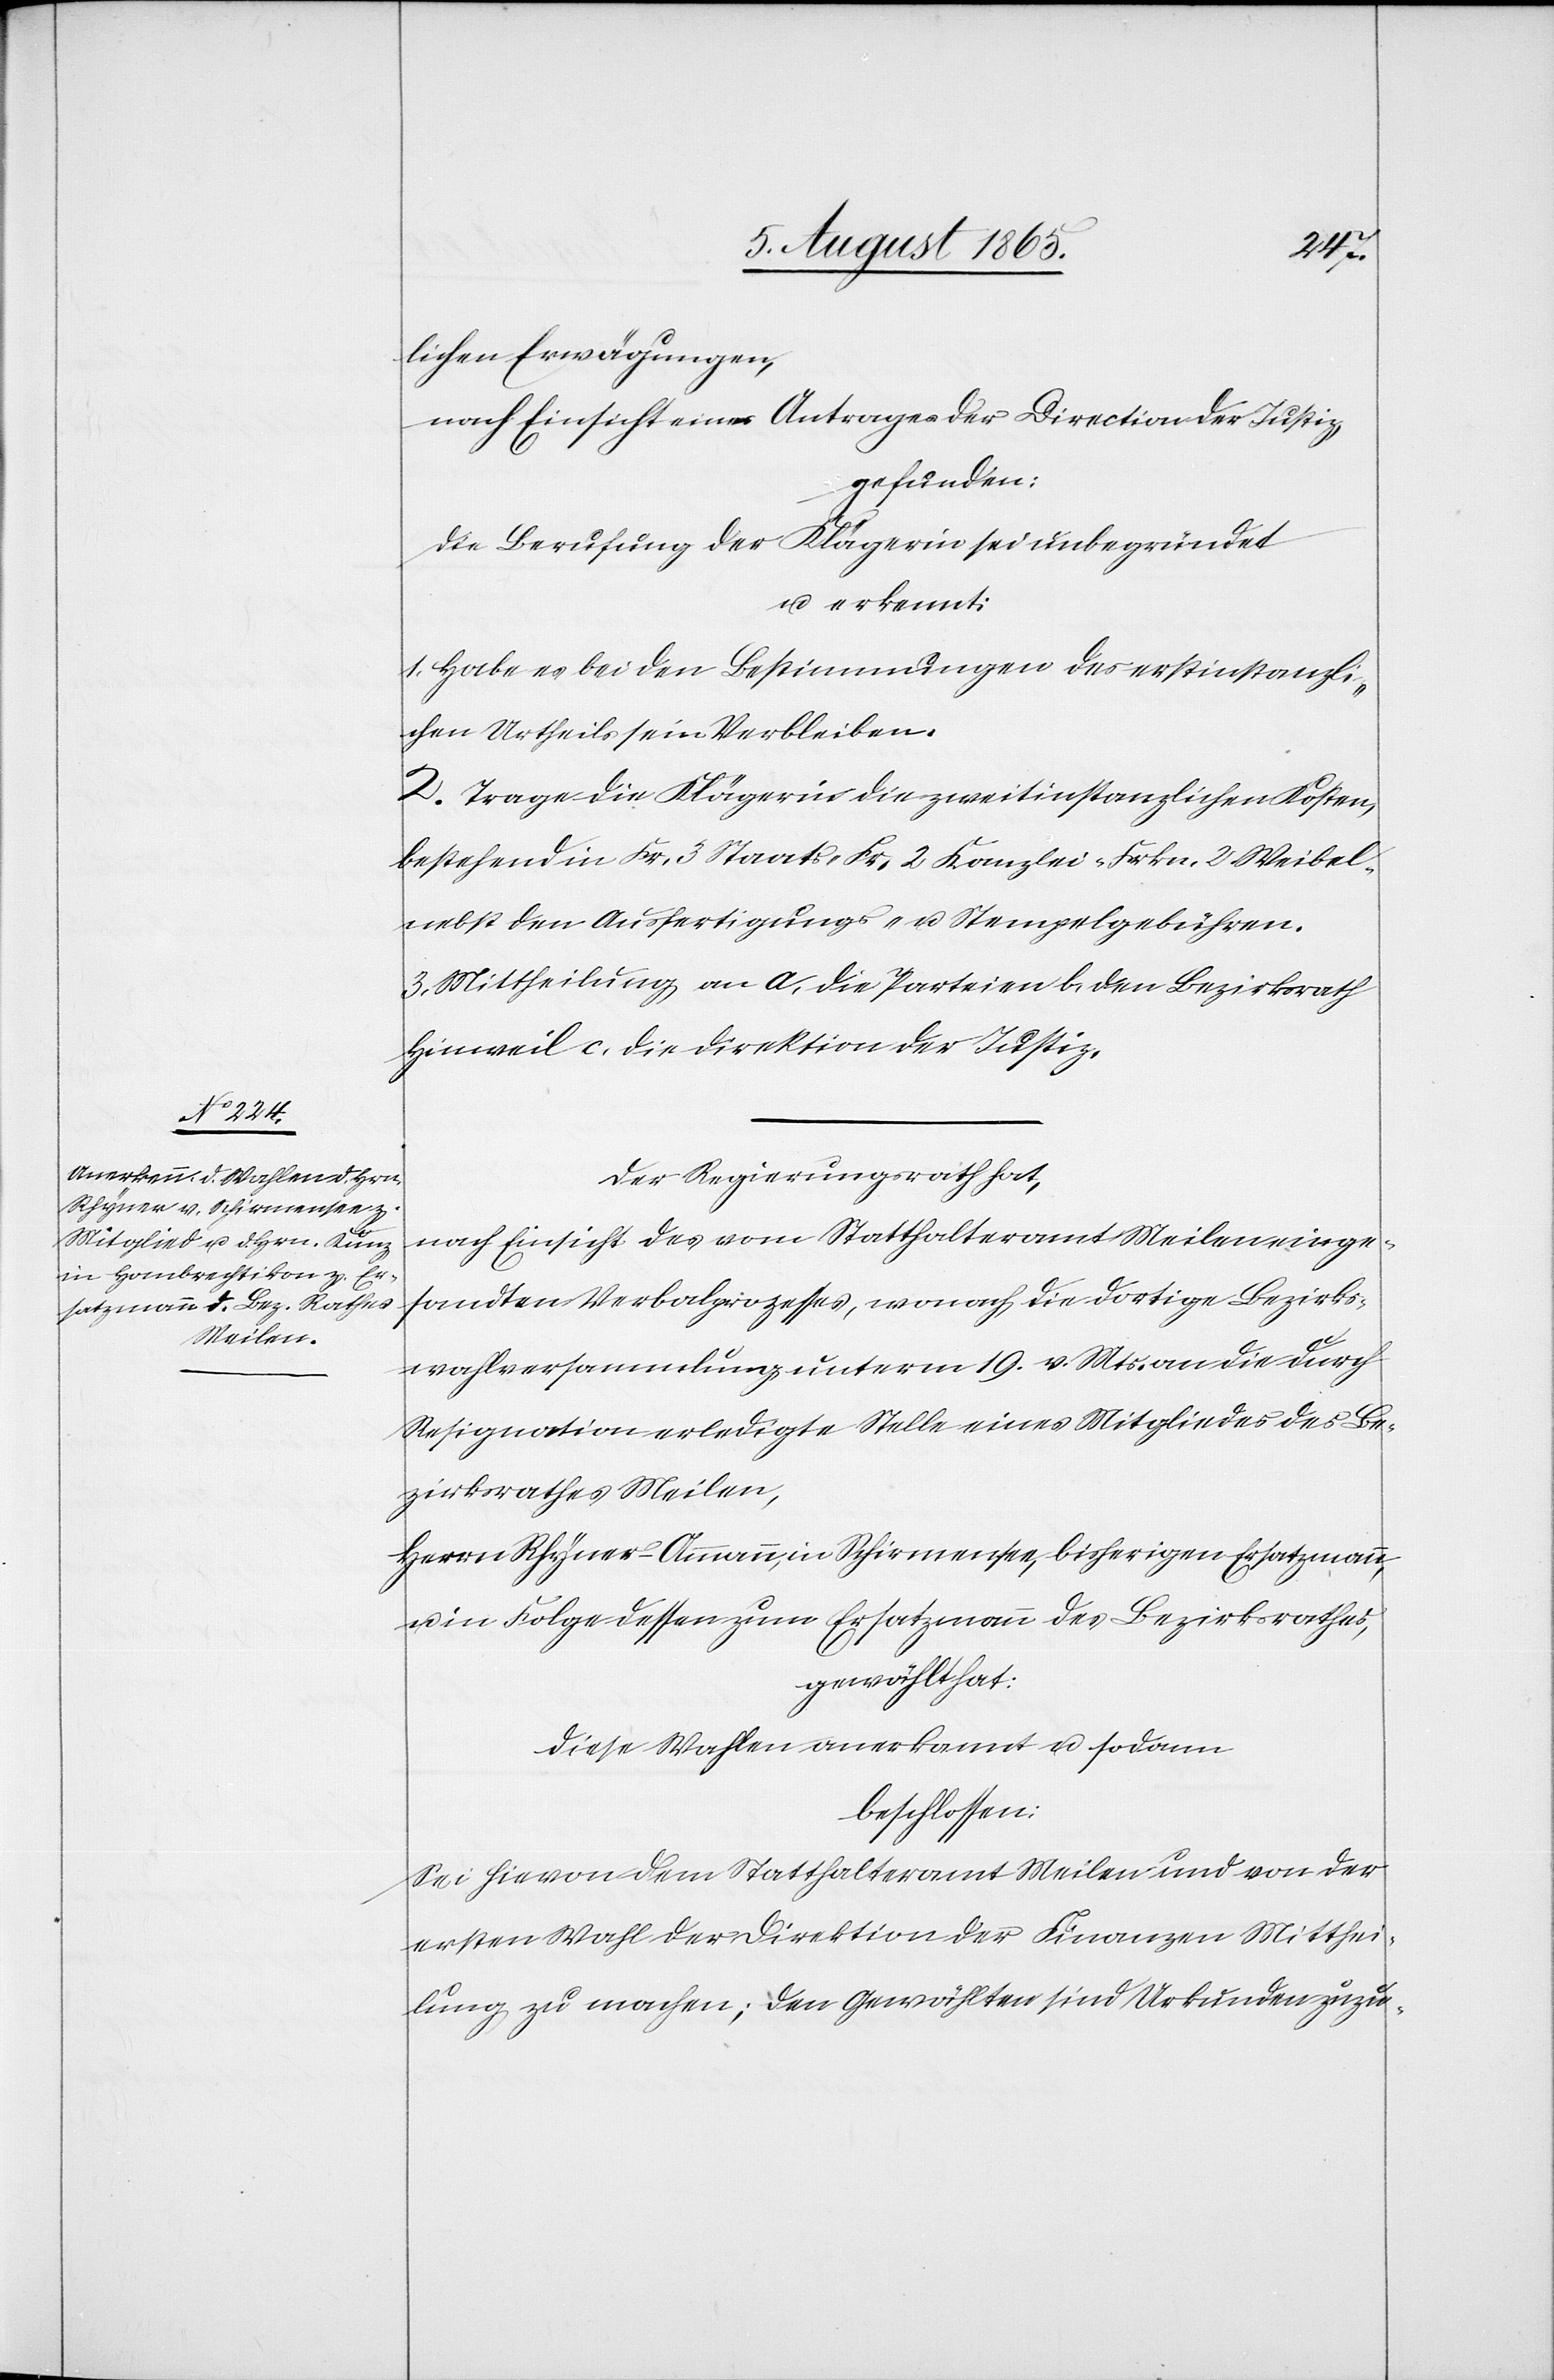
lichen Erwägungen,
nach Einsicht eines Antrages der Direction der Justiz,
gefunden:
Die Berufung der Klägerin sei unbegründet
u. erkennt:
1. Habe es bei den Bestimmungen des erstinstanzli¬
chen Urtheils sein Verbleiben.
2. Trage die Klägerin die zweitinstanzlichen Kosten,
bestehend in Fr. 3 Staats-[,] Fr. 2 Kanzlei-[,] Frkn. 2 Weibel-
nebst den Ausfertigungs- u. Stempelgebühren.
3. Mittheilung an a. die Parteien[,] b. den Bezirksrath
Hinweil[,] c. die Direktion der Justiz.
Der Regierungsrath hat,
nach Einsicht des vom Statthalteramt Meilen einge¬
sandten Verbalprozesses, wonach die dortige Bezirks¬
wahlversammlung unterm 19. v. Mts. an die durch
Resignation erledigte Stelle eines Mitgliedes des Be¬
zirksrathes Meilen,
Herrn Rhyner-Ammann, in Schirmensee, bisherigen Ersatzmann,
in Folge dessen zum Ersatzmann des Bezirksrathes,
gewählt hat:
Diese Wahlen anerkannt u. sodann
beschlossen:
Sei hievon dem Statthalteramt Meilen und von der
ersten Wahl der Direktion der Finanzen Mitthei¬
lung zu machen; den Gewählten sind Urkunden zuzu-